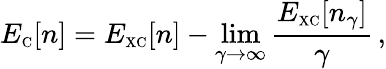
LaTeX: E_{\scriptscriptstyle\mathrm{C}}[n]=E_{\scriptscriptstyle\mathrm{XC}}[n]-\operatorname*{lim}_{\gamma\to\infty}\frac{E_{\scriptscriptstyle\mathrm{XC}}[n_{\gamma}]}{\gamma}\, ,